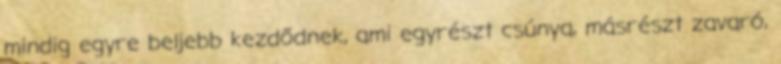
mindig egyre beljebb kezdődnek, ami egyrészt csúnya, másrészt zavaró,